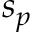
s _ { p }